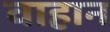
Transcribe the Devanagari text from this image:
वाहान